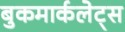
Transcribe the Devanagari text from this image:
बुकमार्कलेट्स